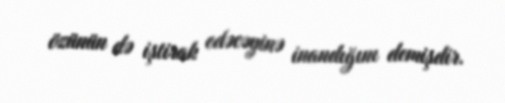
özünün də iştirak edəcəyinə inandığını demişdir.